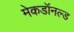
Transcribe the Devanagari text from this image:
मेकडॉनल्ड